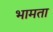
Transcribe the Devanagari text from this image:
भामता